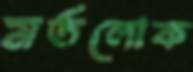
মর্তলোক